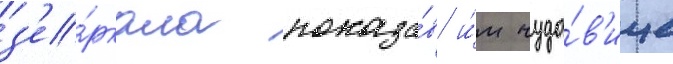
з'е́ркала показа́в и́м чудо́в'ище